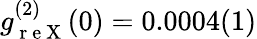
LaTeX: g_{\mathrm{~r~e~X~}}^{(2)}(0)=0.0004(1)